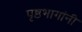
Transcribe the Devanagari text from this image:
पृष्ठभागांनी